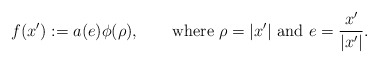
\begin{align*}f(x'):=a(e)\phi(\rho),\qquad\hbox{where }\rho=|x'|\hbox{ and }e=\frac{x'}{|x'|}.\end{align*}